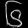
Digit: ၆